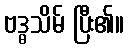
ဗဒ္ဓသိမ် ပြီး၏။